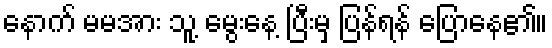
နောက် မမအား သူ့ မွေးနေ့ ပြီးမှ ပြန်ရန် ပြောနေ၏။